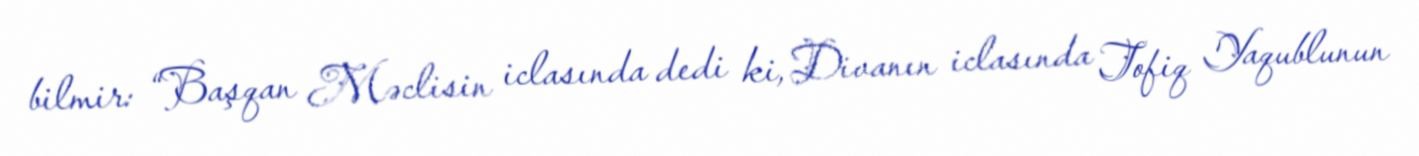
bilmir: “Başqan Məclisin iclasında dedi ki, Divanın iclasında Tofiq Yaqublunun